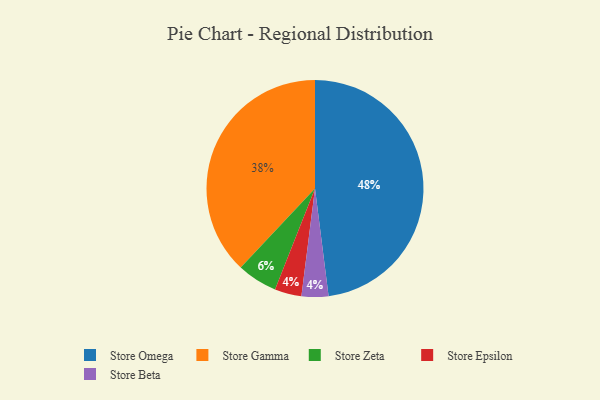
{"axis": {"x": "Category", "y": "Percentage"}, "legend": ["Store Beta", "Store Epsilon", "Store Gamma", "Store Omega", "Store Zeta"], "data": [{"x": "Store Gamma", "y": 38, "type": "Store Gamma"}, {"x": "Store Epsilon", "y": 4, "type": "Store Epsilon"}, {"x": "Store Beta", "y": 4, "type": "Store Beta"}, {"x": "Store Zeta", "y": 6, "type": "Store Zeta"}, {"x": "Store Omega", "y": 48, "type": "Store Omega"}]}